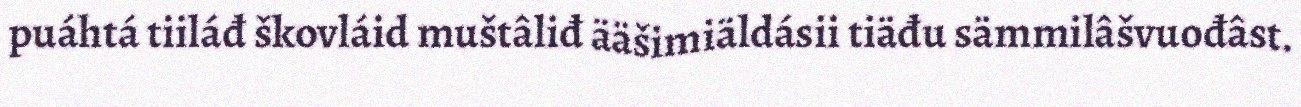
puáhtá tiiláđ škovláid muštâliđ ääšimiäldásii tiäđu sämmilâšvuođâst.